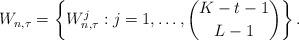
LaTeX: \begin{align*} W_{n,\tau} = \left\{W_{n,\tau}^j: j=1,\dots,{K-t-1 \choose L-1}\right\}. \end{align*}